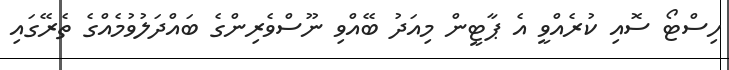
ހިސްޓޯ ސޮއި ކުރެއްވީ އެ ޕާޓީން މިއަދު ބޭއްވި ނޫސްވެރިންގެ ބައްދަލުވުމެއްގެ ތެރޭގައި